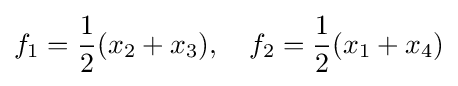
f_{1}={\frac {1}{2}}(x_{2}+x_{3}),\quad f_{2}={\frac {1}{2}}(x_{1}+x_{4})